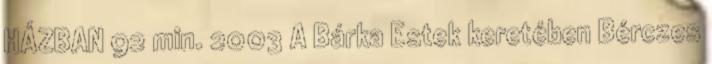
HÁZBAN 92 min. 2003 A Bárka Estek keretében Bérczes